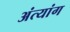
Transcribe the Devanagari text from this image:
अंत्यांग